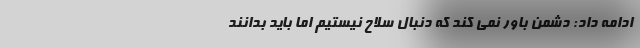
ادامه داد: دشمن باور نمی کند که دنبال سلاح نیستیم اما باید بدانند